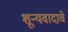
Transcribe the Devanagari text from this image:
शून्यवादाचे